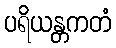
ပရိယန္တကတံ